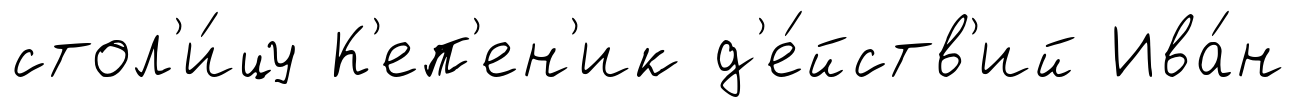
стол'и́цу К'еп'ен'ик д'е́йств'ий Ива́н